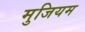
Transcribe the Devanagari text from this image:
मुजियम